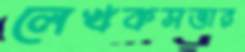
লেখকসত্তার